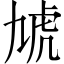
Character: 虓